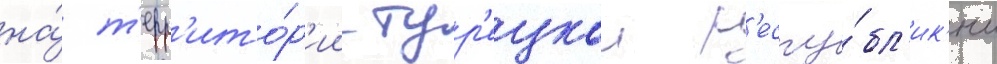
на́ т'ерр'ито́р'ии тур'ецкои р'еспу́бл'ик'и